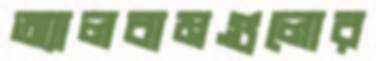
অ্যালবামগুলোর